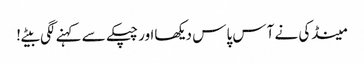
مینڈکی نے آس پاس دیکھااور چپکے سے کہنے لگی بیٹے!